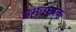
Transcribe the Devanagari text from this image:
अमृतनाक